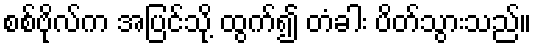
စစ်ဗိုလ်က အပြင်သို့ ထွက်၍ တံခါး ပိတ်သွားသည်။